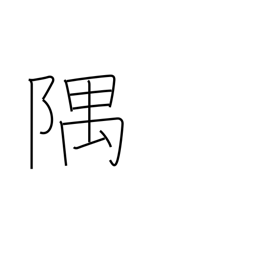
Meaning: corner